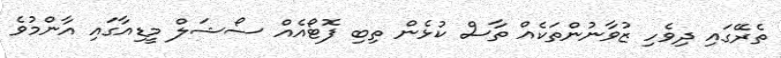
ތެރޭގައި ދިވެހި ޒުވާނުންތަކެއް ތާސް ކުޅެން ތިބި ފޮޓޯއެއް ސޯޝަލް މީޑިއާގައި އާންމުވެ